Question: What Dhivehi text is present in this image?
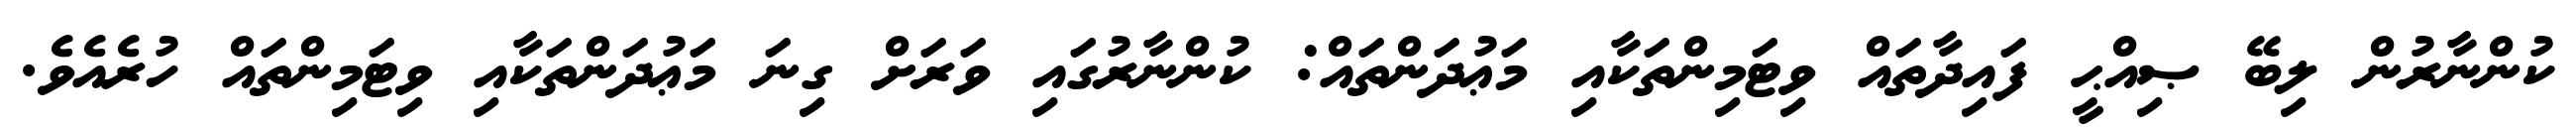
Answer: ކުންނާރުން ލިބޭ ޞިއްޙީ ފައިދާތައް ވިޓަމިންތަކާއި މަޢުދަންތައް: ކުންނާރުގައި ވަރަށް ގިނަ މަޢުދަންތަކާއި ވިޓަމިންތައް ހުރެއެވެ.